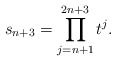
\begin{align*} s_{n+3}=\prod_{j=n+1}^{2n+3}t^j.\end{align*}